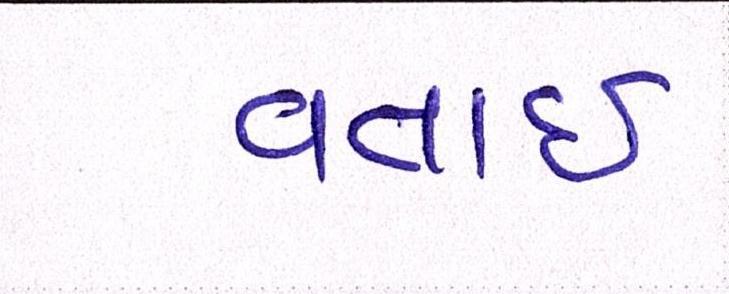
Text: વતાર્ઇ